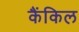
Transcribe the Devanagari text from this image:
कैंकिल